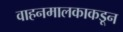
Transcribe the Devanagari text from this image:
वाहनमालकाकडून